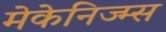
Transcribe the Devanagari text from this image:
मेकेनिज्म्स